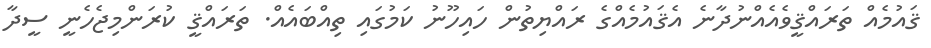
ޤައުމެއް ތަރައްޤީވެއެއްނުދާނެ އެޤައުމެއްގެ ރައްޔިތުން ހައިހޫނު ކަމުގައި ތިއްބައެއް. ތަރައްޤީ ކުރަންމިޖެހެނީ ސީދާ